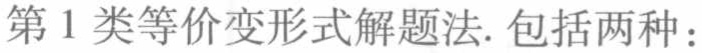
第1类等价变形式解题法. 包括两种：